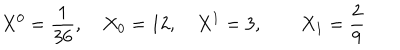
X ^ { 0 } = { \frac { 1 } { 3 6 } } , \quad X _ { 0 } = 1 2 , \quad X ^ { 1 } = 3 , \qquad X _ { 1 } = { \frac { 2 } { 9 } }